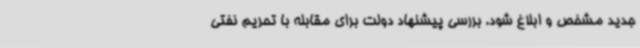
جدید مشخص و ابلاغ شود. بررسی پیشنهاد دولت برای مقابله با تحریم نفتی